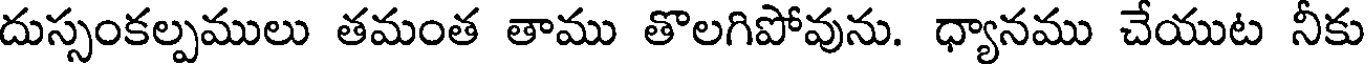
దుస్సంకల్పములు తమంత తాము తొలగిపోవును. ధ్యానము చేయుట నీకు